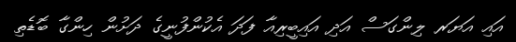
އައި އަޔަރ ލިންގަސް އަދި އައިބީރިއާ ފަދަ އެކުންފުނީގެ ދަށުން ހިންގާ ބޮޑެތި